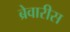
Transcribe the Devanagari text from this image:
ब्रेवारीस